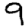
Digit: 9